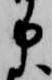
申